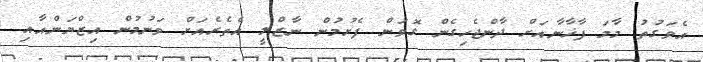
އެވަގުތު މާމަ ފާޚާނާއަށް ދާންޖެހިގެން ގޮވަން ފެށުމުން ނާޒްލީ އެތެރެއަށް ވަނުމުން އިޒްޔަންއާއި